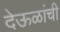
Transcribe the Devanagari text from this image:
देऊळांची